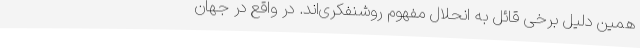
همین دلیل برخی قائل به انحلال مفهوم روشنفکری‌اند. در واقع در جهان